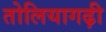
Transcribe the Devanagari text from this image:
तोलियागढ़ी